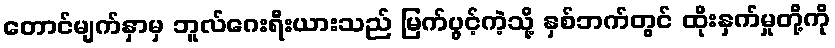
တောင်မျက်နှာမှ ဘူလ်ဂေးရီးယားသည် မြက်ပွင့်ကဲ့သို့ နှစ်ဘက်တွင် ထိုးနှက်မှုတို့ကို